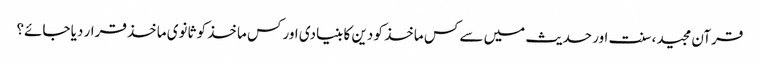
قرآن مجید، سنت اور حدیث میں سے کس ماخذ کو دین کا بنیادی اور کس ماخذ کو ثانوی ماخذ قرار دیا جائے؟